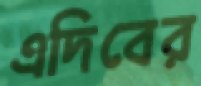
এদিবের